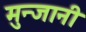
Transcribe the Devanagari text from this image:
मुन्जानी